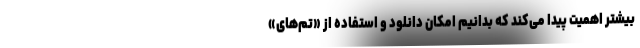
بیشتر اهمیت پیدا می‌کند که بدانیم امکان دانلود و استفاده از «تم‌های»